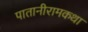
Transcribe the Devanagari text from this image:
पातानीरामकथा